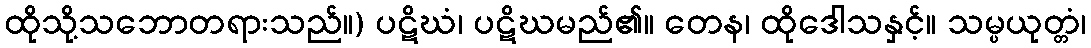
ထိုသို့သဘောတရားသည်။) ပဋိဃံ၊ ပဋိဃမည်၏။ တေန၊ ထိုဒေါသနှင့်။ သမ္ပယုတ္တံ၊